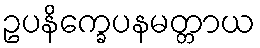
ဥပနိက္ခေပနမတ္တာယ